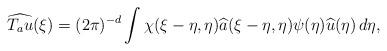
LaTeX: \begin{align*}\widehat{T_a u}(\xi)=(2\pi)^{-d}\int \chi(\xi-\eta,\eta)\widehat{a}(\xi-\eta,\eta)\psi(\eta)\widehat{u}(\eta)\, d\eta,\end{align*}